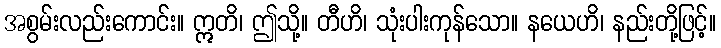
အစွမ်းလည်းကောင်း။ ဣတိ၊ ဤသို့။ တီဟိ၊ သုံးပါးကုန်သော။ နယေဟိ၊ နည်းတို့ဖြင့်။